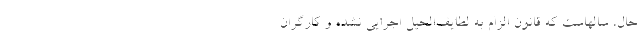
حال، سالهاست که قانون الزام به لطایف‌الحیل اجرایی نشده و کارگران